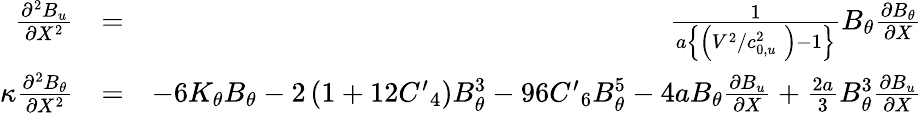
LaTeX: \begin{array}{rlr}{\frac{{{\partial}^{2}}{{B}_{u}}}{\partial{{X}^{2}}}}&{=}&{\frac{1}{a\left\{ \left({{{V}^{2}}}/{c_{0,u}^{2}}\; \right)-1\right\} }{{B}_{\theta}}\frac{\partial{{B}_{\theta}}}{\partial X}}\\ {\kappa\frac{{{\partial}^{2}}{{B}_{\theta}}}{\partial{{X}^{2}}}}&{=}&{-6{{K}_{\theta}}{{B}_{\theta}}-2\left(1+12{{{{C}^{\prime}}}_{4}}\right)B_{\theta}^{3}-96{{{C}^{\prime}}_{6}}B_{\theta}^{5}-4a{{B}_{\theta}}\frac{\partial{{B}_{u}}}{\partial X}+\frac{2a}{3}B_{\theta}^{3}\frac{\partial{{B}_{u}}}{\partial X}}\end{array}